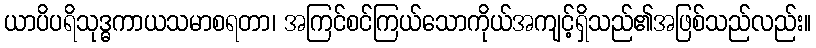
ယာပိပရိသုဒ္ဓကာယသမာစရတာ၊ အကြင်စင်ကြယ်သောကိုယ်အကျင့်ရှိသည်၏အဖြစ်သည်လည်း။